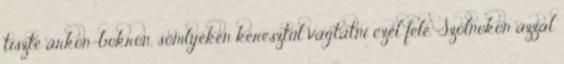
tiszte árkon-bokron, sömlyéken keresztül vágtatni czél felé. Szolnokon azzal